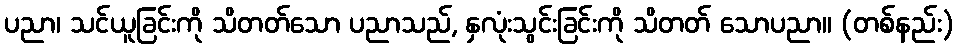
ပညာ၊ သင်ယူခြင်းကို သိတတ်သော ပညာသည်, နှလုံးသွင်းခြင်းကို သိတတ် သောပညာ။ (တစ်နည်း)